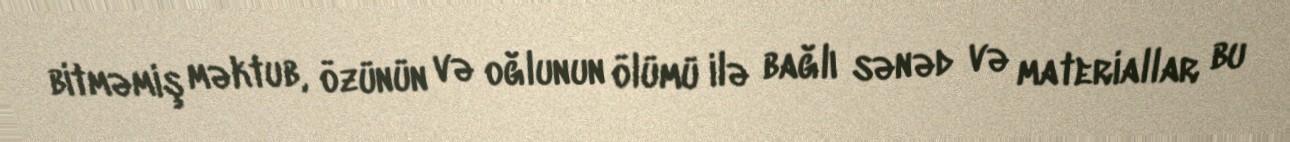
bitməmiş məktub, özünün və oğlunun ölümü ilə bağlı sənəd və materiallar bu